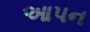
આપન